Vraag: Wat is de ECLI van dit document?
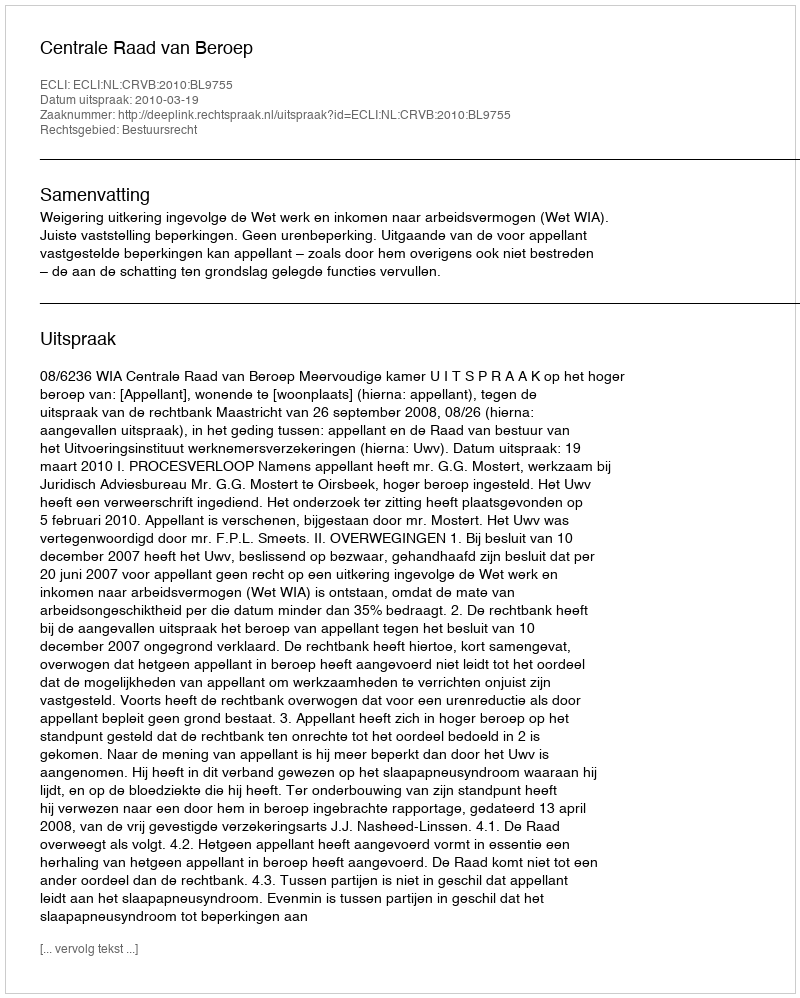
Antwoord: ECLI:NL:CRVB:2010:BL9755